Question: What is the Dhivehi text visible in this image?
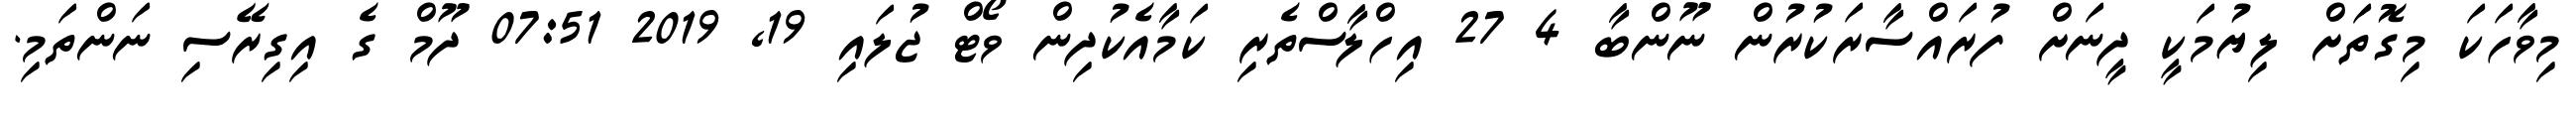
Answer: މިވާހަކަ މިގޮތަށް ލިޔުމަކީ ދީނަށް ފުރައްސާރަކުރުން ނޫންބާ 4 27 އިހްލާސްތެރި ކަމާއެކުދިން ވޯޓް ޖުލައި 19, 2019 07:51 ދޫމް ގެ އިގިރޭސި ނަންތަމި.